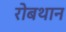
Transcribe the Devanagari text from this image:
रोबथान